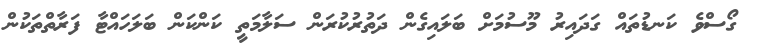
ގޯސްވެ ކަނޑުތައް ގަދައިރު މޫސުމަށް ބަލައިގެން ދަތުރުކުރަން ސަލާމަތީ ކަންކަން ބަލަހައްޓާ ފަރާތްތަކުން